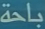
بملاحظة